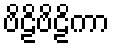
ဗိဠိဗိဠိကာ